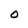
Character: O